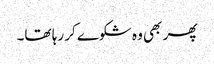
پھر بھی وہ شکوے کر رہا تھا۔